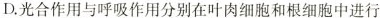
D.光合作用与呼吸作用分别在叶肉细胞和根细胞中进行